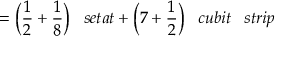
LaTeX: = { \bigg ( } { \frac { 1 } { 2 } } + { \frac { 1 } { 8 } } { \bigg ) } \; \; \; s e t a t + { \bigg ( } 7 + { \frac { 1 } { 2 } } { \bigg ) } \; \; \; c u b i t \; \; \; s t r i p